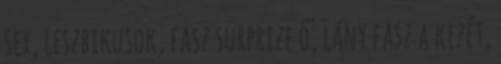
sex, leszbikusok, fasz surprize ő, lány fasz a kezét,